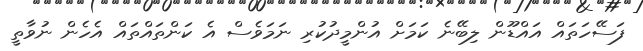
ފަސޭހަތައް އައްޑޫން ލިބޭނެ ކަމަށް އުންމީދުކުރި ނަމަވެސް އެ ކަންތައްތައް އެހެން ނުވާތީ